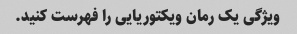
ویژگی یک رمان ویکتوریایی را فهرست کنید.